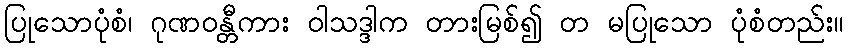
ပြုသောပုံစံ၊ ဂုဏဝန္တီကား ဝါသဒ္ဒါက တားမြစ်၍ တ မပြုသော ပုံစံတည်း။